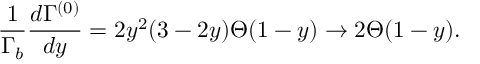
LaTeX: \frac { 1 } { \Gamma _ { b } } \frac { d \Gamma ^ { ( 0 ) } } { d y } = 2 y ^ { 2 } ( 3 - 2 y ) \Theta ( 1 - y ) \to 2 \Theta ( 1 - y ) .